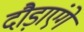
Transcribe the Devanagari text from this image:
दौड़ाएंगें